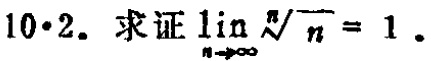
$10\cdot2.$ 求证$\lim\limits_{n \to \infty} \sqrt[n]{n}=1$ .